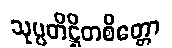
သုပ္ပတိဋ္ဌိတစိတ္တော